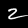
Digit: 2